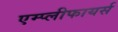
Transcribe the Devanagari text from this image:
एम्प्लीफायर्स